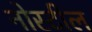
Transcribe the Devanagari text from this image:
नोस्टील